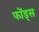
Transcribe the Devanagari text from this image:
फोंड्स